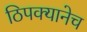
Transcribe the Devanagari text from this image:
ठिपक्यानेच